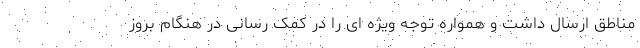
مناطق ارسال داشت و همواره توجه ویژه ای را در کمک رسانی در هنگام بروز